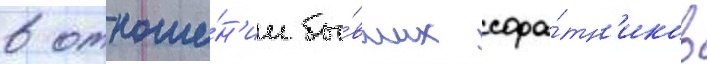
в отноше́н'ии бы́вших сора́тн'иков